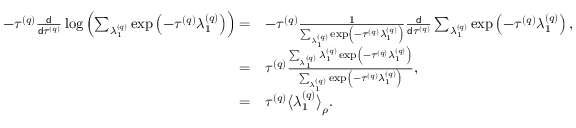
\begin{array} { r l } { - \tau ^ { \left( q \right) } \frac { \mathsf { d } } { \mathsf { d } \tau ^ { \left( q \right) } } \log \left( \sum _ { \lambda _ { 1 } ^ { \left( q \right) } } \exp \left( - \tau ^ { \left( q \right) } \lambda _ { 1 } ^ { \left( q \right) } \right) \right) = } & { - \tau ^ { \left( q \right) } \frac { 1 } { \sum _ { \lambda _ { 1 } ^ { \left( q \right) } } \exp \left( - \tau ^ { \left( q \right) } \lambda _ { 1 } ^ { \left( q \right) } \right) } \frac { \mathsf { d } } { \mathsf { d } \tau ^ { \left( q \right) } } \sum _ { \lambda _ { 1 } ^ { \left( q \right) } } \exp \left( - \tau ^ { \left( q \right) } \lambda _ { 1 } ^ { \left( q \right) } \right) , } \\ { = } & { \tau ^ { \left( q \right) } \frac { \sum _ { \lambda _ { 1 } ^ { \left( q \right) } } \lambda _ { 1 } ^ { \left( q \right) } \exp \left( - \tau ^ { \left( q \right) } \lambda _ { 1 } ^ { \left( q \right) } \right) } { \sum _ { \lambda _ { 1 } ^ { \left( q \right) } } \exp \left( - \tau ^ { \left( q \right) } \lambda _ { 1 } ^ { \left( q \right) } \right) } , } \\ { = } & { \tau ^ { \left( q \right) } \big \langle \lambda _ { 1 } ^ { \left( q \right) } \big \rangle _ { \rho } . } \end{array}